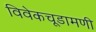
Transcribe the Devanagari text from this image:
विवेकचूडामणी